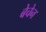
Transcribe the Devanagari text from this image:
बेचेन